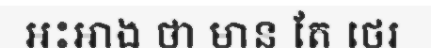
អះអាង ថា មាន តែ ថេរ